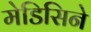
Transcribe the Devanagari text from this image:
मेडिसिने